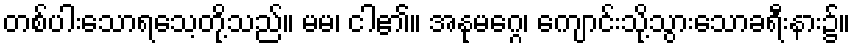
တစ်ပါးသောရသေ့တို့သည်။ မမ၊ ငါ၏။ အနုမဂ္ဂေ၊ ကျောင်းသို့သွားသောခရီးနား၌။